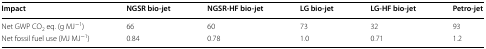
| Impact | NGSR bio-jet | NGSR-HF bio-jet | LG bio-jet | LG-HF bio-jet | Petro-jet |
 | --- | --- | --- | --- | --- | --- |
 | Net GWP CO2 eq. (g MJ−1) | 66 | 60 | 73 | 32 | 93 |
 | Net fossil fuel use (MJ MJ−1) | 0.84 | 0.78 | 1.0 | 0.71 | 1.2 |